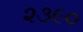
૨૩૯૦